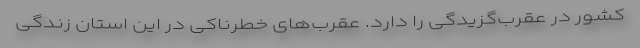
کشور در عقرب‌گزیدگی را دارد. عقرب‌های خطرناکی در این استان زندگی